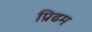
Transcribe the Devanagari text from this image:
प्रिढम